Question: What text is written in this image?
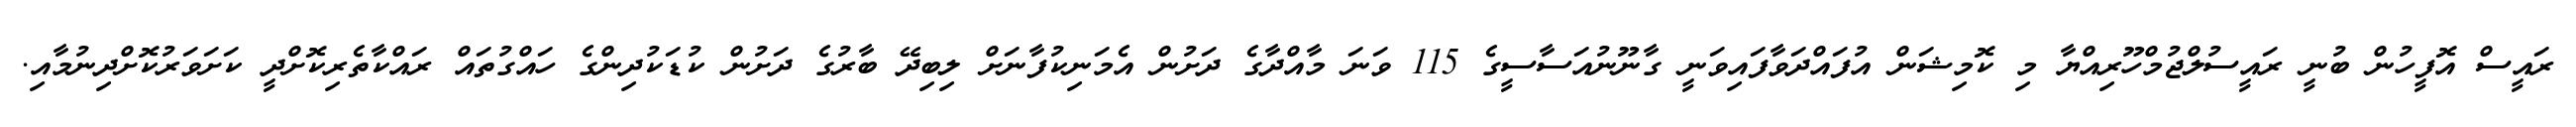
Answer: ރައީސް އޮފީހުން ބުނީ ރައީސުލްޖުމްހޫރިއްޔާ މި ކޮމިޝަން އުފައްދަވާފައިވަނީ ގާނޫނުއަސާސީގެ 115 ވަނަ މާއްދާގެ ދަށުން އެމަނިކުފާނަށް ލިބިދޭ ބާރުގެ ދަށުން ކުޑަކުދިންގެ ހައްގުތައް ރައްކާތެރިކޮށްދީ ކަށަވަރުކޮށްދިނުމާއި.